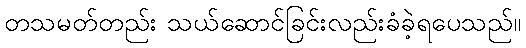
တသမတ်တည်း သယ်ဆောင်ခြင်းလည်းခံခဲ့ရပေသည်။